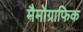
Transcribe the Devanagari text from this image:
मैमोग्राफिक